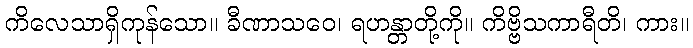
ကိလေသာရှိကုန်သော။ ခီဏာသဝေ၊ ရဟန္တာတို့ကို။ ကိဗ္ဗိသကာရီတိ၊ ကား။